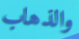
والذهاب